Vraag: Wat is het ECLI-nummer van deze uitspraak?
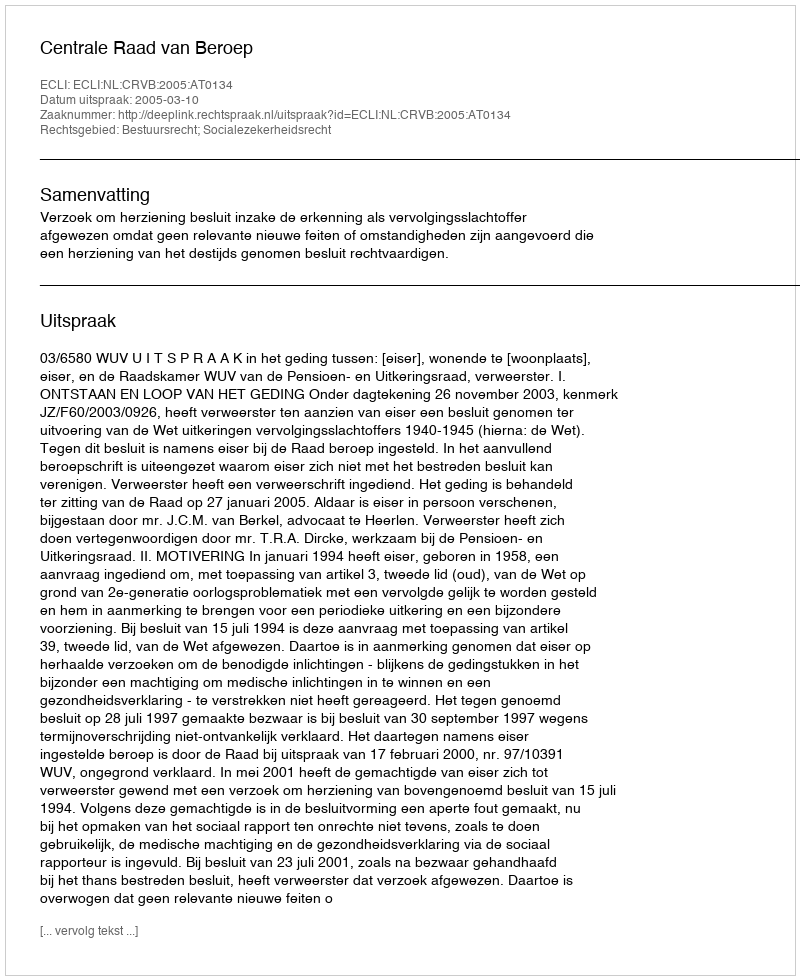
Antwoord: ECLI:NL:CRVB:2005:AT0134